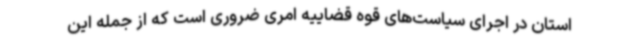
استان در اجرای سیاست‌های قوه قضاییه امری ضروری است که از جمله این